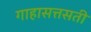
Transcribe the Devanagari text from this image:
गाहासत्तसती